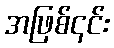
အဖြစ်၎င်း